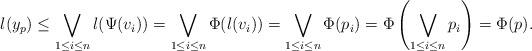
LaTeX: \begin{align*}l(y_p)\leq \bigvee_{1\leq i\leq n}l(\Psi(v_i))=\bigvee_{1\leq i\leq n}\Phi(l(v_i))= \bigvee_{1\leq i\leq n}\Phi(p_i) = \Phi\left(\bigvee_{1\leq i\leq n}p_i\right)=\Phi(p).\end{align*}